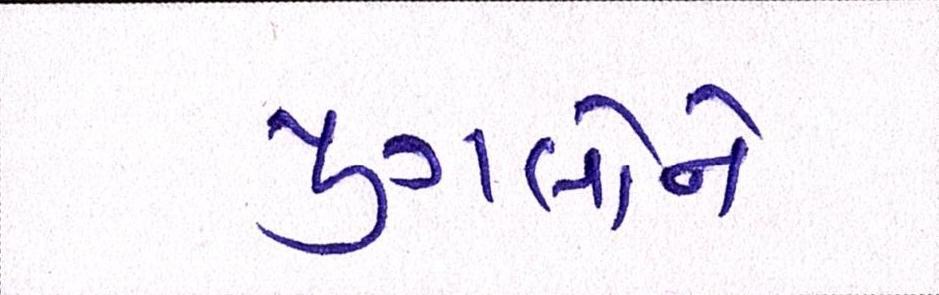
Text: યુગલોને